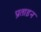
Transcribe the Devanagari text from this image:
प्रताड़न